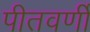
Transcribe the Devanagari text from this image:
पीतवर्णी